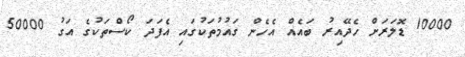
10000 ޑޮލަރަށް ހެދޭއިރު ބައެއް އެހެން ގައުމުތަކުގައި އެފަދަ ކޯސްތަކުގެ އަގު 50000